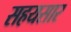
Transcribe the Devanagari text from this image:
सहयसार